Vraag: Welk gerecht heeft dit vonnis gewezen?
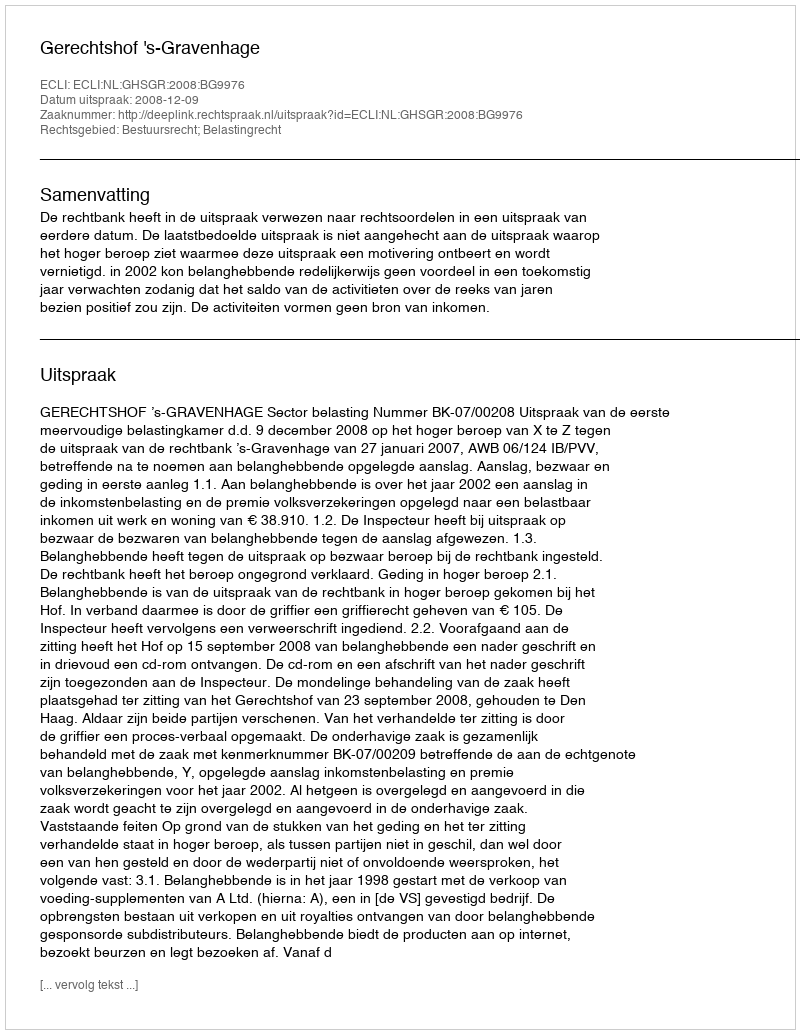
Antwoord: Gerechtshof 's-Gravenhage